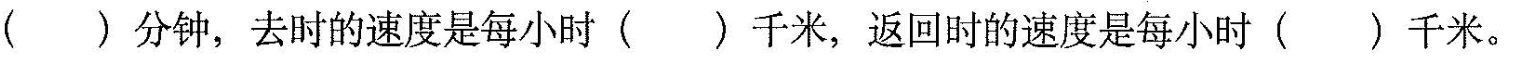
（）分钟，去时的速度是每小时（）千米，返回时的速度是每小时（）千米。